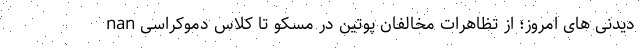
nan دیدنی های امروز؛ از تظاهرات مخالفان پوتین در مسکو تا کلاس دموکراسی